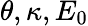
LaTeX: \theta,\kappa,E_{0}